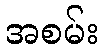
အစမ်း